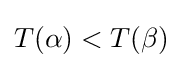
T(\alpha )<T(\beta )